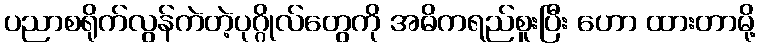
ပညာစရိုက်လွန်ကဲတဲ့ပုဂ္ဂိုလ်တွေကို အဓိကရည်စူးပြီး ဟော ထားတာမို့